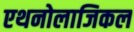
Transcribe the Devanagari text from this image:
एथनोलाजिकल